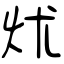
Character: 炢